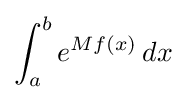
\int _{a}^{b}e^{Mf(x)}\,dx